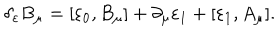
\delta _ { \varepsilon } B _ { \mu } = [ \varepsilon _ { 0 } , B _ { \mu } ] + \partial _ { \mu } \varepsilon _ { 1 } + [ \varepsilon _ { 1 } , A _ { \mu } ] .